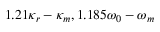
1 . 2 1 \kappa _ { r } - \kappa _ { m } , 1 . 1 8 5 \omega _ { 0 } - \omega _ { m }